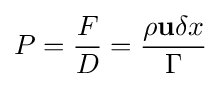
P={\frac {F}{D}}={\frac {\rho \mathbf {u} \delta x}{\Gamma }}